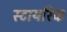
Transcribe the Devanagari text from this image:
स्टायरिक